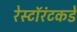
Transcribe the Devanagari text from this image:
रेस्टॉरंटकडे